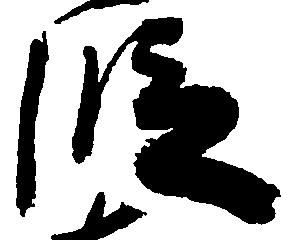
段